Annual administration report of the Civil Veterinary Department of India - 1910-1911
Year: 1910
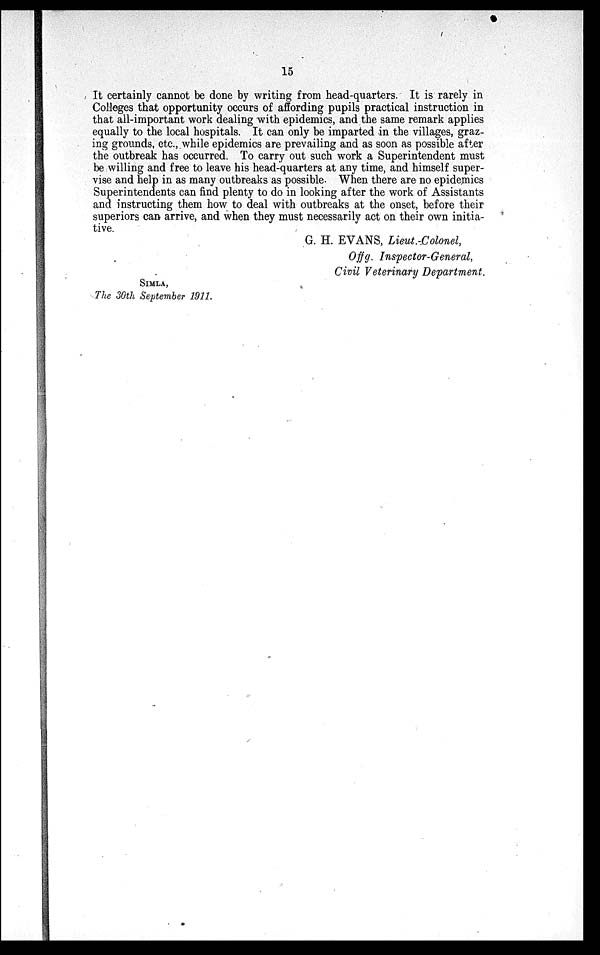
15
It certainly cannot be done by writing from head-quarters. It is rarely in
Colleges that opportunity occurs of affording pupils practical instruction in
that all-important work dealing with epidemics, and the same remark applies
equally to the local hospitals. It can only be imparted in the villages, graz-
ing grounds, etc., while epidemics are prevailing and as soon as possible after
the outbreak has occurred. To carry out such work a Superintendent must
be willing and free to leave his head-quarters at any time, and himself super-
vise and help in as many outbreaks as possible. When there are no epidemics
Superintendents can find plenty to do in looking after the work of Assistants
and instructing them how to deal with outbreaks at the onset, before their
superiors can arrive, and when they must necessarily act on their own initia-
tive.
G. H. EVANS, Lieut.-Colonel,
Offg. Inspector-General,
Civil Veterinary Department.
SIMLA,
The 30th September 1911.